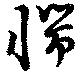
惴